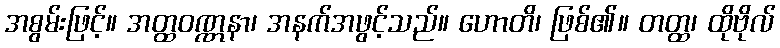
အစွမ်းဖြင့်။ အတ္ထဝဏ္ဏနာ၊ အနက်အဖွင့်သည်။ ဟောတိ၊ ဖြစ်၏။ တတ္ထ၊ ထိုဗိုလ်